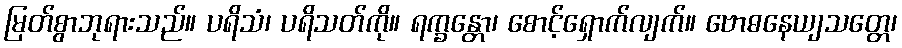
မြတ်စွာဘုရားသည်။ ပရိသံ၊ ပရိသတ်ကို။ ရက္ခန္တော၊ စောင့်ရှောက်လျက်။ ဗောဓနေယျသတ္တေ၊